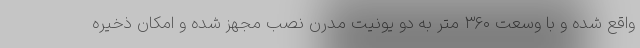
واقع شده و با وسعت ۳۶۰ متر به دو یونیت مدرن نصب مجهز شده و امکان ذخیره